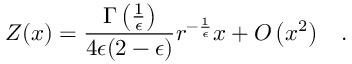
{ \cal Z } ( x ) = { \frac { \Gamma \left( { \frac { 1 } { \epsilon } } \right) } { 4 \epsilon ( 2 - \epsilon ) } } r ^ { - { \frac { 1 } { \epsilon } } } x + O \left( x ^ { 2 } \right) \; \; \; .